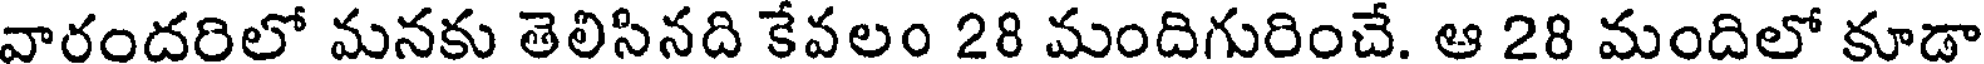
వారందరిలో మనకు తెలిసినది కేవలం 28 మందిగురించే. ఆ 28 మందిలో కూడా